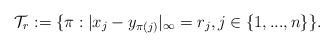
LaTeX: \begin{align*}\mathcal{T}_r:=\{\pi: |x_j-y_{\pi(j)}|_{\infty}=r_j, j\in \{1,...,n\}\}.\end{align*}